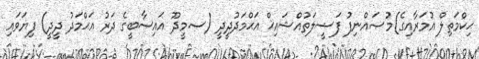
ޙިކްމަތިލް އުމަރާއިގެ)މުޞައްނިފު ފަޟީލަތުއްޝައިޚް އަޙްމަދުދީދީ (ސ.މީދޫ އައިސާބީގެ ދަރު އަޙްމަދު ދީދީ) ފިޔަވައި